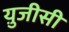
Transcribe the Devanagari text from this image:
यु़जीसी